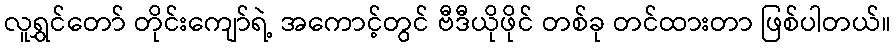
လူရွှင်တော် တိုင်းကျော်ရဲ့ အကောင့်တွင် ဗီဒီယိုဖိုင် တစ်ခု တင်ထားတာ ဖြစ်ပါတယ်။